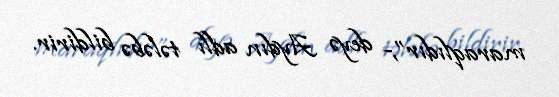
maraqlıdır”,- deyə Aydın adlı tələbə bildirir.